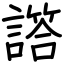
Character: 譗